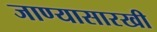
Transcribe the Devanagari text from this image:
जाण्यासारखी